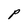
Character: P